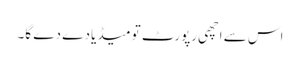
اس سے اچھی رپورٹ تو میڈیا دے دے گا۔